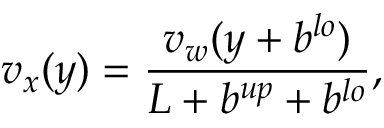
v _ { x } ( y ) = \frac { v _ { w } ( y + b ^ { l o } ) } { L + b ^ { u p } + b ^ { l o } } ,